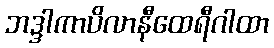
ဘဒ္ဒါကာပိလာနီထေရီဂါထာ